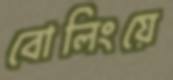
বোলিংয়ে